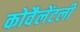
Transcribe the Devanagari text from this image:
कोवैलेंटली